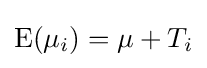
\operatorname {E} (\mu _{i})=\mu +T_{i}